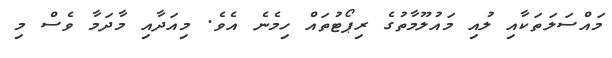
މައްސަލަތަކާއި ލުއި މަައުލޫމާތުގެ ރިޕޯޓުތައް ހިމެނެ އެވެ. މިއަދާއި މާދަމާ ވެސް މި